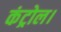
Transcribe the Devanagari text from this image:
कंट्रोल।